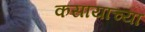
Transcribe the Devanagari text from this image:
कसायाच्या